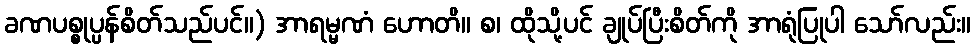
ခဏပစ္စုပ္ပန်စိတ်သည်ပင်။) အာရမ္မဏံ ဟောတိ။ စ၊ ထိုသို့ပင် ချုပ်ပြီးစိတ်ကို အာရုံပြုပါ သော်လည်း။